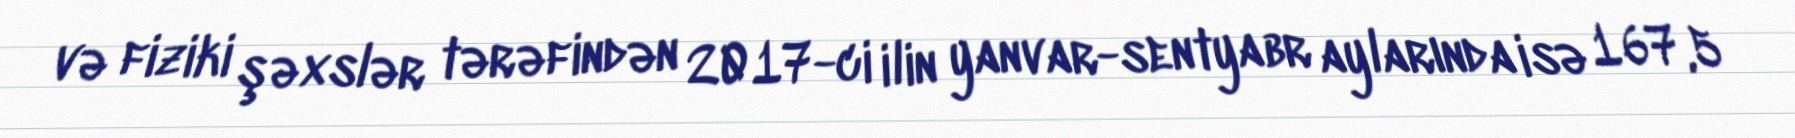
və fiziki şəxslər tərəfindən 2017-ci ilin yanvar-sentyabr aylarında isə 167,5